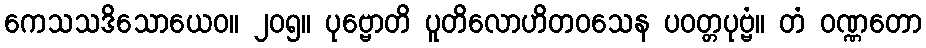
ကေသသဒိသောယေဝ။ ၂၀၅။ ပုဗ္ဗောတိ ပူတိလောဟိတဝသေန ပဝတ္တပုဗ္ဗံ။ တံ ဝဏ္ဏတော